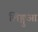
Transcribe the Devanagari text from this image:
लिङ्गुआ